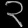
Digit: ၃